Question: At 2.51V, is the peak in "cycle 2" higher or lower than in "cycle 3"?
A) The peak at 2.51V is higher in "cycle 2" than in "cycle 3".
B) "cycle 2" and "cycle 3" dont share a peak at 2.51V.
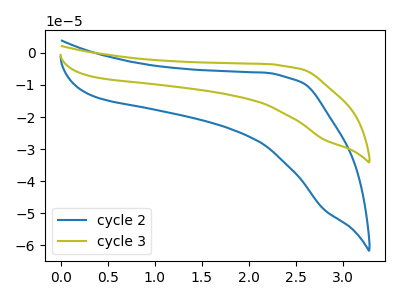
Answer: <think>The blue curve "cycle 2" has no peaks. The olive curve "cycle 3" has no peaks.</think>
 <answer>B) "cycle 2" and "cycle 3" dont share a peak at 2.51V.</answer>
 <eval>B</eval>